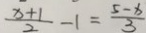
\frac { x + 1 } { 2 } - 1 = \frac { 5 - x } { 3 }